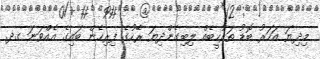
މިދިޔަ އަހަރު ބޮޑު ތަރުހީބެއް ލިބިގެންދިޔަ ރޭހުގެ ފިރިހެން ބައިގެ އެއްވަނަ ގދ.